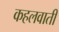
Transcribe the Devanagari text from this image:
कहलवाती